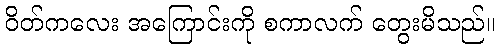
ဝိတ်ကလေး အကြောင်းကို စကာလက် တွေးမိသည်။